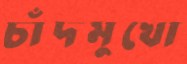
চাঁদমুখো